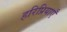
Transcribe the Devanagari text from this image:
हरिप्रियाएँ